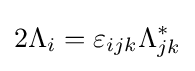
2\Lambda _{i}=\varepsilon _{ijk}\Lambda _{jk}^{*}